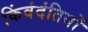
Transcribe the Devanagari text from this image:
किंवंदंतियों